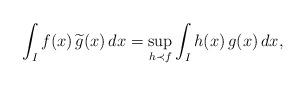
LaTeX: \begin{align*} \int_{I} f(x)\, \widetilde{g}(x) \,dx = \sup_{h \prec f} \int_{I}h(x) \,g(x) \,dx,\end{align*}